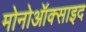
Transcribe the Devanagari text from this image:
मोनोऑक्साइद